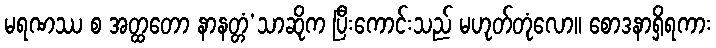
မရဏဿ စ အတ္ထတော နာနတ္တံ’သာဆိုက ပြီးကောင်းသည် မဟုတ်တုံလော။ စောဒနာရှိရကား